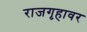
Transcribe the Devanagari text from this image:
राजगृहावर